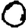
Digit: 0